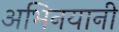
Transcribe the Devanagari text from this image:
अभिनयानी